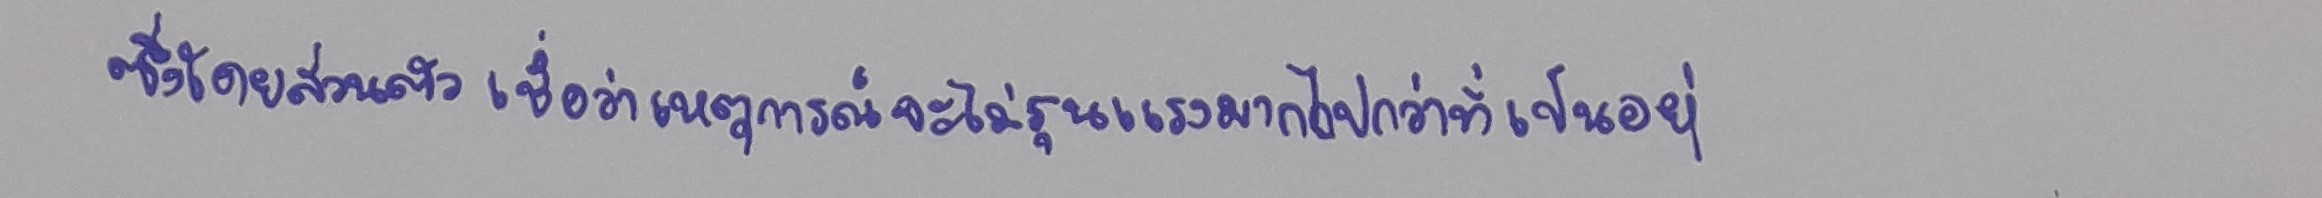
ซึ่งโดยส่วนตัวเชื่อว่าเหตุการณ์จะไม่รุนแรงมากไปกว่าที่เป็นอยู่